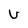
Character: U